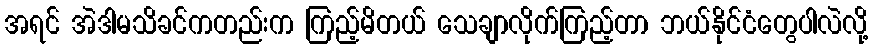
အရင် အဲဒါမသိခင်ကတည်းက ကြည့်မိတယ် သေချာလိုက်ကြည့်တာ ဘယ်နိုင်ငံတွေပါလဲလို့